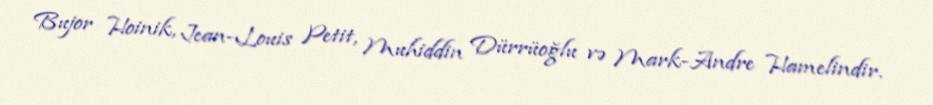
Bujor Hoinik, Jean-Louis Petit, Muhiddin Dürrüoğlu və Mark-Andre Hamelindir.